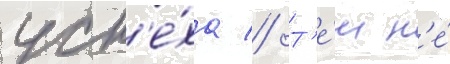
усп'е́ха // Т'е́м н'е́